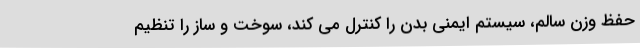
حفظ وزن سالم، سیستم ایمنی بدن را کنترل می کند، سوخت و ساز را تنظیم